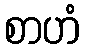
စာဟံ